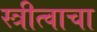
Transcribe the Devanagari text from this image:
स्त्रीत्वाचा